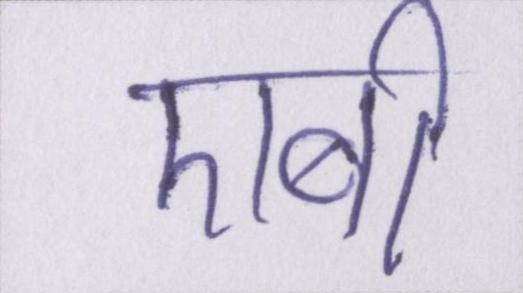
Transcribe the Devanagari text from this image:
एबी